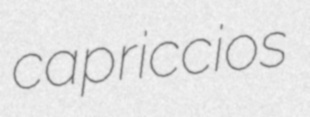
capriccios